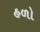
હળો